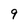
Character: 9